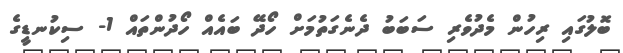
ބޮލުގައި ރިހުން މެދުވެރި ސަބަބު ދެނެގަތުމަށް ހޯދޭ ބައެއް ހޯދުންތައް 1- ސިކުނޑީގެ